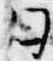
日